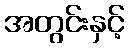
အတွင်းနှင့်